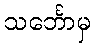
သင်္ဘောမှ